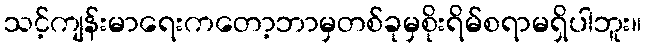
သင့်ကျန်းမာရေးကတော့ဘာမှတစ်ခုမှစိုးရိမ်စရာမရှိပါဘူး။